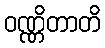
ဝဏ္ဏိတာတိ